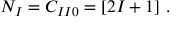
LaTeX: N _ { I } = C _ { I I 0 } = [ 2 I + 1 ] \ .